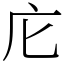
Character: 庀